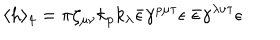
LaTeX: \langle h \rangle _ { 4 } = \pi \zeta _ { \mu \nu } k _ { \rho } k _ { \lambda } \bar { \epsilon } \gamma ^ { \rho \mu \tau } \epsilon \; \bar { \epsilon } \gamma ^ { \lambda \nu \tau } \epsilon